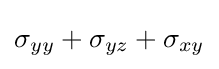
\sigma _{yy}+\sigma _{yz}+\sigma _{xy}